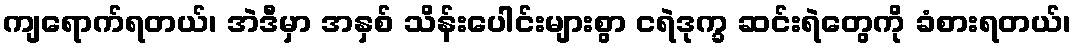
ကျရောက်ရတယ်၊ အဲဒီမှာ အနှစ် သိန်းပေါင်းများစွာ ငရဲဒုက္ခ ဆင်းရဲတွေကို ခံစားရတယ်၊